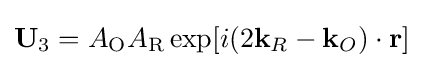
\mathbf {U} _{3}=A_{\text{O}}A_{\text{R}}\exp[i(2\mathbf {k} _{R}-\mathbf {k} _{O})\cdot \mathbf {r} ]